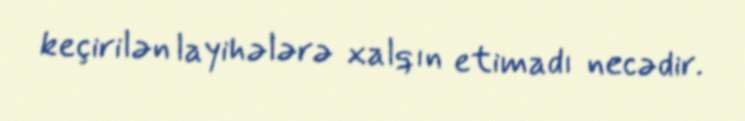
keçirilən layihələrə xalqın etimadı necədir.